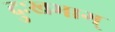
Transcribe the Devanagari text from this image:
दुःखभाग्